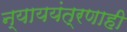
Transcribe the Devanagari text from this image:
न्याययंत्रणाही